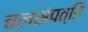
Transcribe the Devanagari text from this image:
चलसंपत्ति